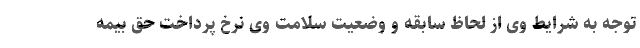
توجه به شرایط وی از لحاظ سابقه و وضعیت سلامت وی نرخ پرداخت حق بیمه